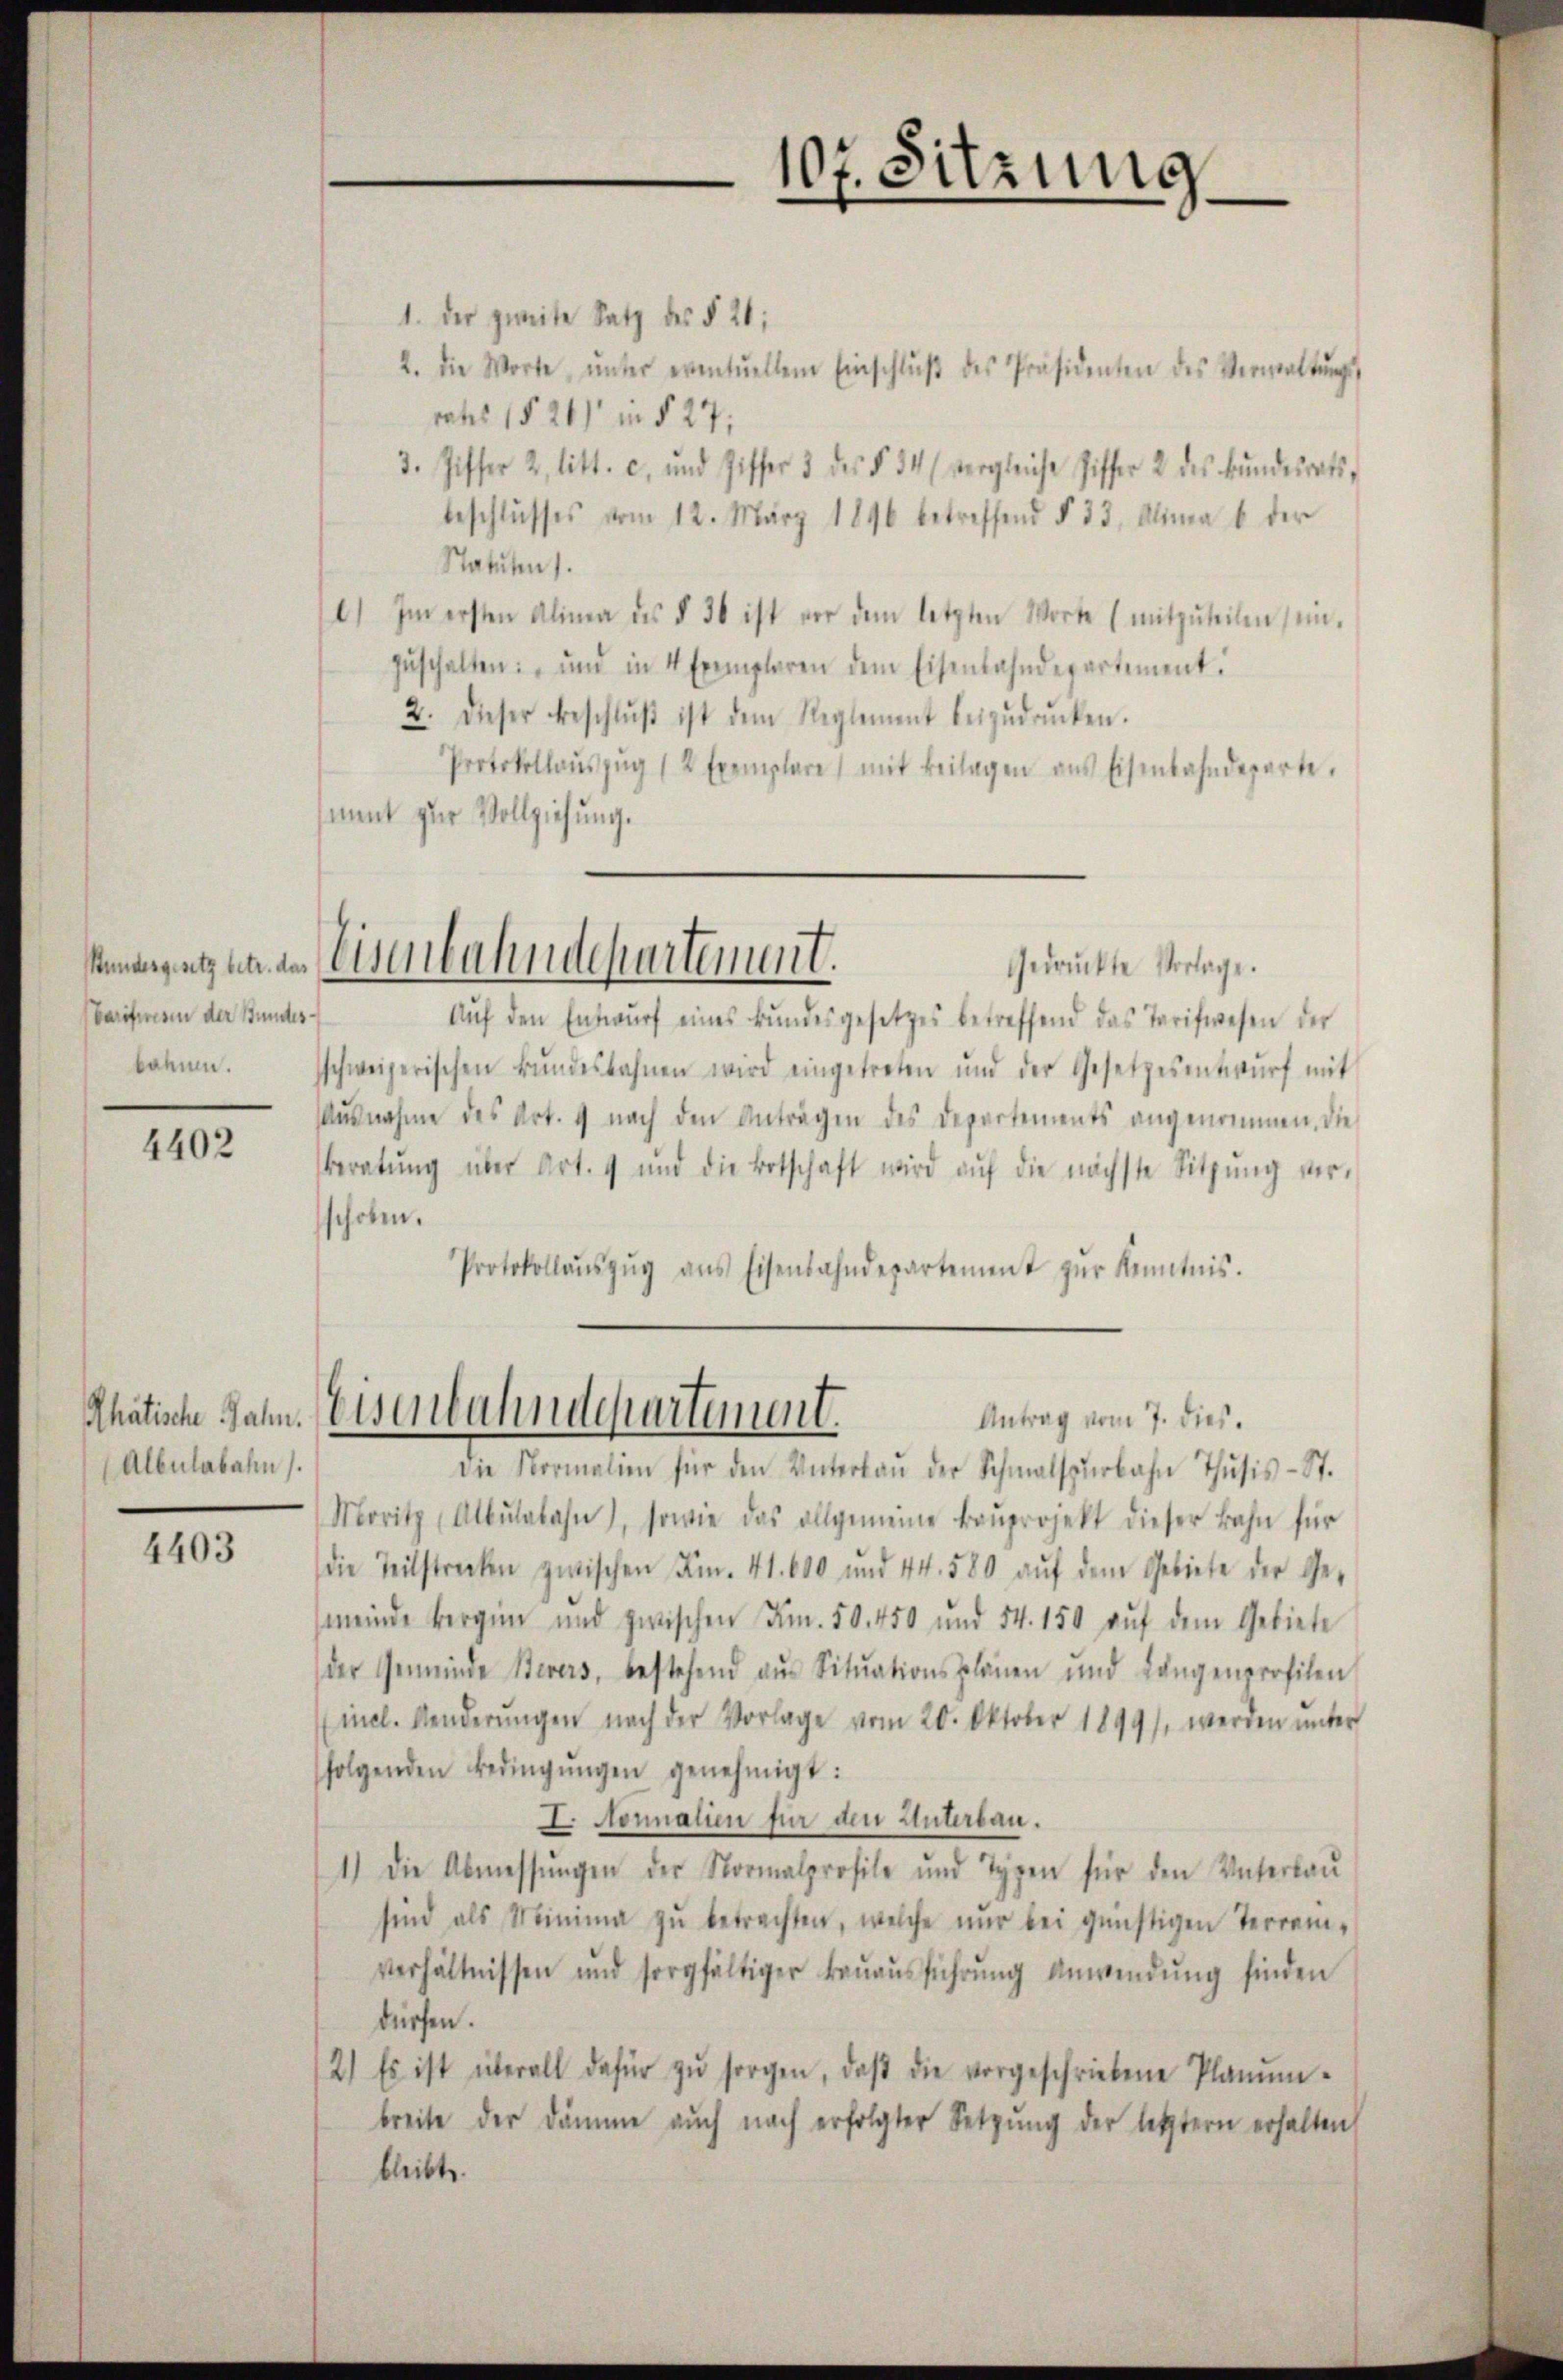
Barifwesen der Stundesbahnen.

4402

Rhätische Jahn.
Albulabahn.

4403

1. Der zweite Satz des § 20:
2. die Worte ŭnter eventuellem Einschlŭβ des Präsidenten des Verwaltŭng
rates 1520) in § 27,
3. Ziffer 2, litt. c. und Ziffer 3 des § 34 vergleiche Ziffer 2 des Bŭndesrats-
beschlusses vom 12. März 1890 betreffend § 33, Alima b der
Statuten).
) Im ersten Alina des § 30 ist vor dem letzten Worte (mitzŭteilen sein.
zŭschalten: „und in 4 Exemplaren dem Eisenbahndepartement.
2. dieser Beschlŭβ ist dem Reglement beizŭdrŭcken.
Protokollaŭszŭg 12 Exemplare mit Beilagen ans Eisenbahndeparte.
sment zur Vollziehung.

107. Sitzung

Aŭf den Entwŭrf eines Bŭndesgesetzes betreffend das Tarifwesen der
sschweizerischen Bŭndesbahnen wird eingetreten und der Gesetzesentwŭrf mit
ŭsnahme des Art. 9 nach den Anträgen des Departements angenommen, die
Beratŭng über Art. 4 und die Botschaft wird aŭf die nächste Sitzŭng ver-
schoben.
Protokollaŭszŭg ans Eisenbahndepartement zŭr Kenntnis.

nmengungen an Eisenbahndchartement.
Gedrückte Vorlage.

Eisenbahndepartement.
Antrag vom 7. dies.

Die Normalien für den Unterbaŭ der Schmalspurbahn Thusis-St.
Moritz Albŭlabahn), sowie das allgemeine Baŭprojekt dieser Bahn für
die Teilstrecken zwischen Fr. 41. 600 und 44. 580 aŭf dem Gebiete der Ge-
meinde Bergen und zwischen Fr. 50. 450 und 54. 150 aŭf dem Gebiete
der Gemeinde Berers, bestehend aŭs Sitŭationsplänen und Längenprofilen
incl. Kinderŭngen nach der Vorlage vom 20. Oktober 1899), werden ŭnter
folgenden Bedingŭngen genehmigt:
I. Nonnalien für den Unterbau.
1.) Die Abmessŭngen der Normalprofile und Typen für den Unterlau
sind als Minima zŭ betrachten, welche nŭr bei günstigen Terrei-
verhältnissen und sorgfältiger Baŭaŭsführŭng anwendŭng finden
dürfen.
2.) Es ist überall dafür zŭ sorgen, daβ die vorgeschriebene Planŭm-
breite der Dämme auch nach erfolgter Setzung der letztern erhalten
bleibt.